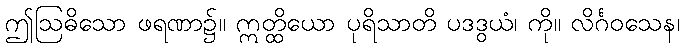
ဤဩဓိသော ဖရဏာ၌။ ဣတ္ထိယော ပုရိသာတိ ပဒဒွယံ၊ ကို။ လိင်္ဂဝသေန၊